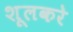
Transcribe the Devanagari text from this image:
शूलकरे